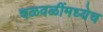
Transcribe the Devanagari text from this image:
चळवळींमध्येच